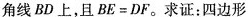
角线BD上，且$$B E = D F$$。求证：四边形